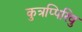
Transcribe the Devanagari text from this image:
कुत्रप्पिरिवु